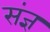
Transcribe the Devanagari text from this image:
संज्ञ